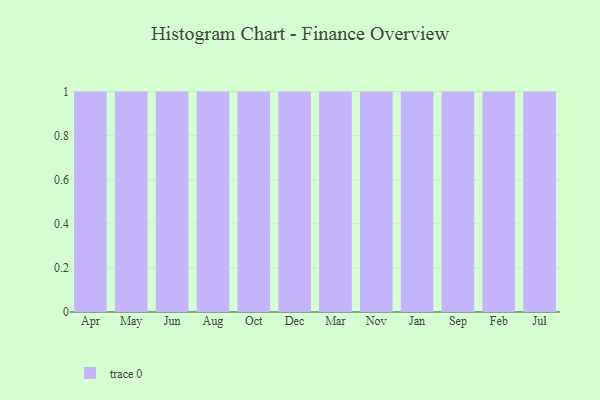
{"axis": {"x": "Month", "y": "Humidity (%)"}, "legend": [""], "data": [{"x": "Apr", "y": 62, "type": ""}, {"x": "May", "y": 51, "type": ""}, {"x": "Jun", "y": 56, "type": ""}, {"x": "Aug", "y": 13, "type": ""}, {"x": "Oct", "y": 49, "type": ""}, {"x": "Dec", "y": 48, "type": ""}, {"x": "Mar", "y": 28, "type": ""}, {"x": "Nov", "y": 99, "type": ""}, {"x": "Jan", "y": 29, "type": ""}, {"x": "Sep", "y": 59, "type": ""}, {"x": "Feb", "y": 5, "type": ""}, {"x": "Jul", "y": 52, "type": ""}]}